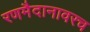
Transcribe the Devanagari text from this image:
रणमैदानावरच